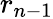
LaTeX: r_{n-1}